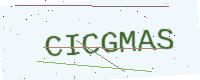
Text: CICGMAS